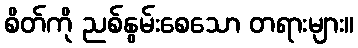
စိတ်ကို ညစ်နွမ်းစေသော တရားများ။